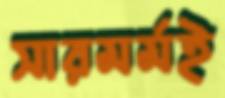
সারমর্মই